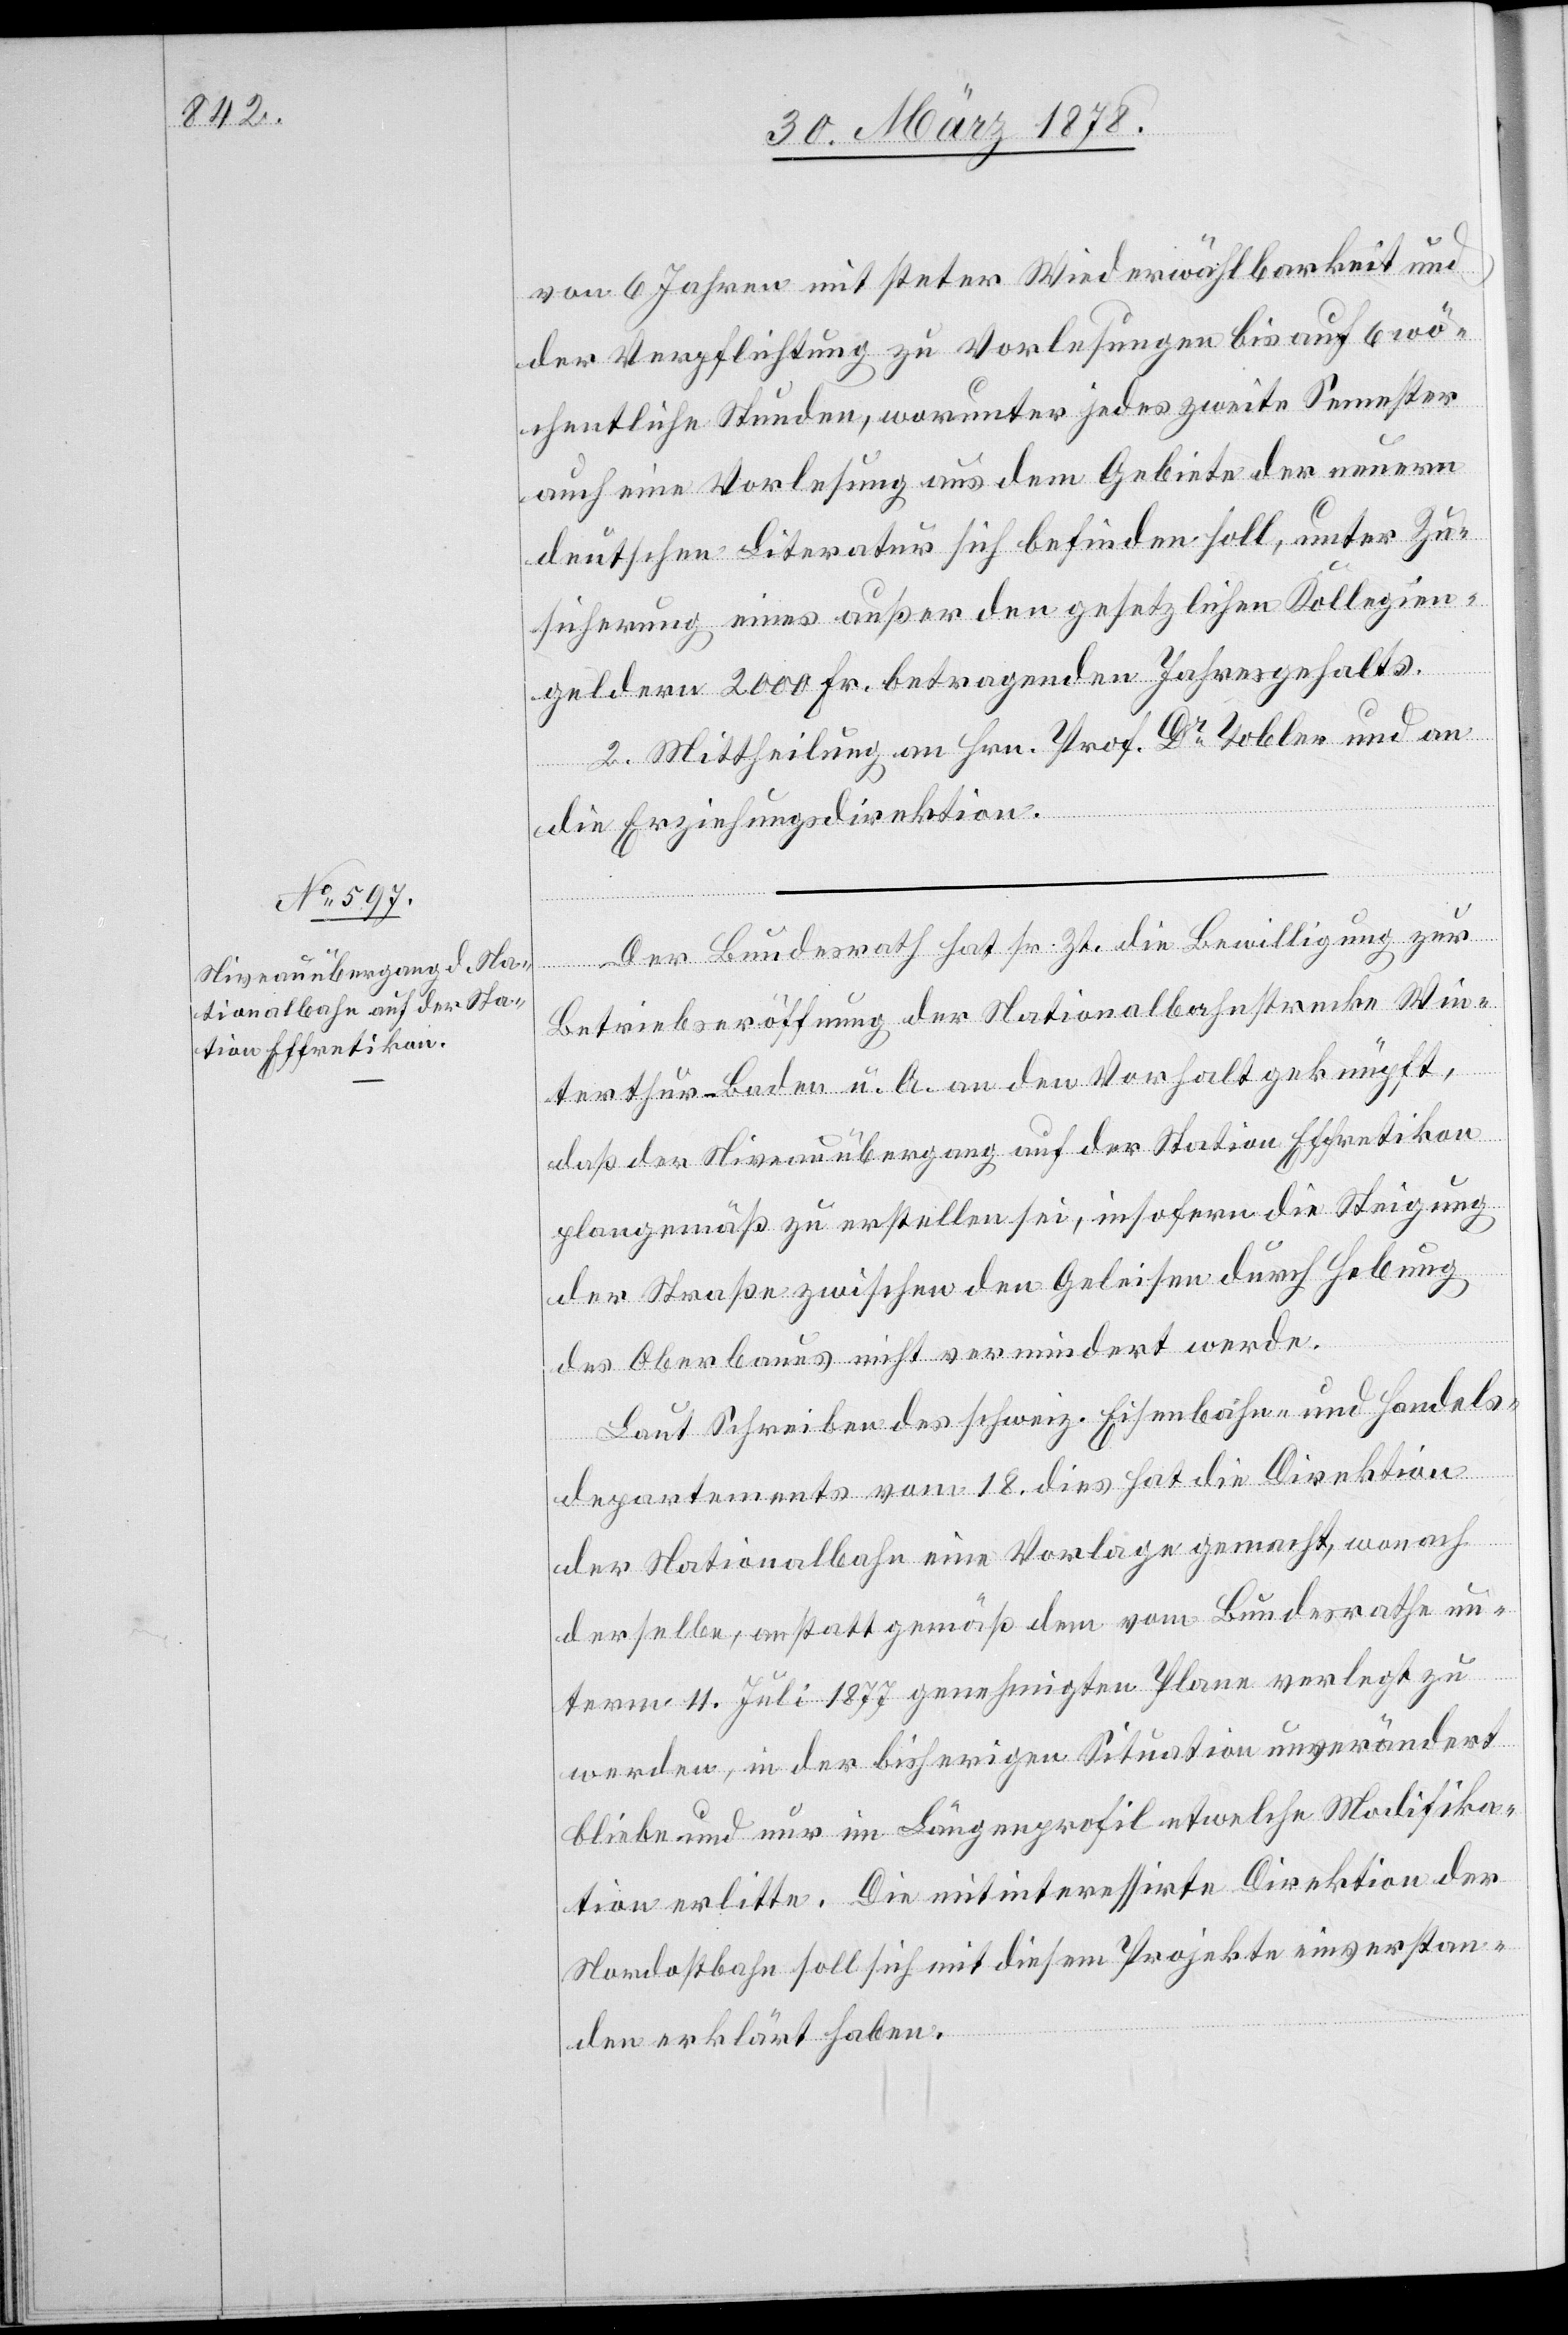
von 6 Jahren mit steter Wiederwählbarkeit und
der Verpflichtung zu Vorlesungen bis auf 6 wö¬
chentliche Stunden, worunter jedes zweite Semester
auch eine Vorlesung aus dem Gebiete der neuen
deutschen Literatur sich befinden soll, unter Zu¬
sicherung eines außer den gesetzlichen Kollegien¬
geldern 2000 Fr. betragenden Jahresgehalts.
2. Mittheilung an Hrn. Prof. Dr Tobler und an
die Erziehungsdirektion.
Der Bundesrath hat sr. Zt. die Bewilligung zur
Betriebseröffnung der Nationalbahnstrecke Win¬
terthur–Baden u. A. an den Vorhalt geknüpft,
daß der Niveauübergang auf der Station Effretikon
plangemäß zu erstellen sei, insofern die Steigung
der Straße zwischen den Geleisen durch Hebung
des Oberbaues nicht vermindert werde.
Laut Schreiben des schweiz. Eisenbahn- und Handels¬
departements vom 18. dies hat die Direktion
der Nationalbahn eine Vorlage gemacht, wonach
derselbe, anstatt gemäß dem vom Bundesrathe un¬
term 4. Juli 1877 genehmigten Plane verlegt zu
werden, in der bisherigen Situation unverändert
bliebe und nur im Längenprofil etwelche Modifika¬
tion erlitte. Die mitinteressirte Direktion der
Nordostbahn soll sich mit diesem Projekte einverstan¬
den erklärt haben.